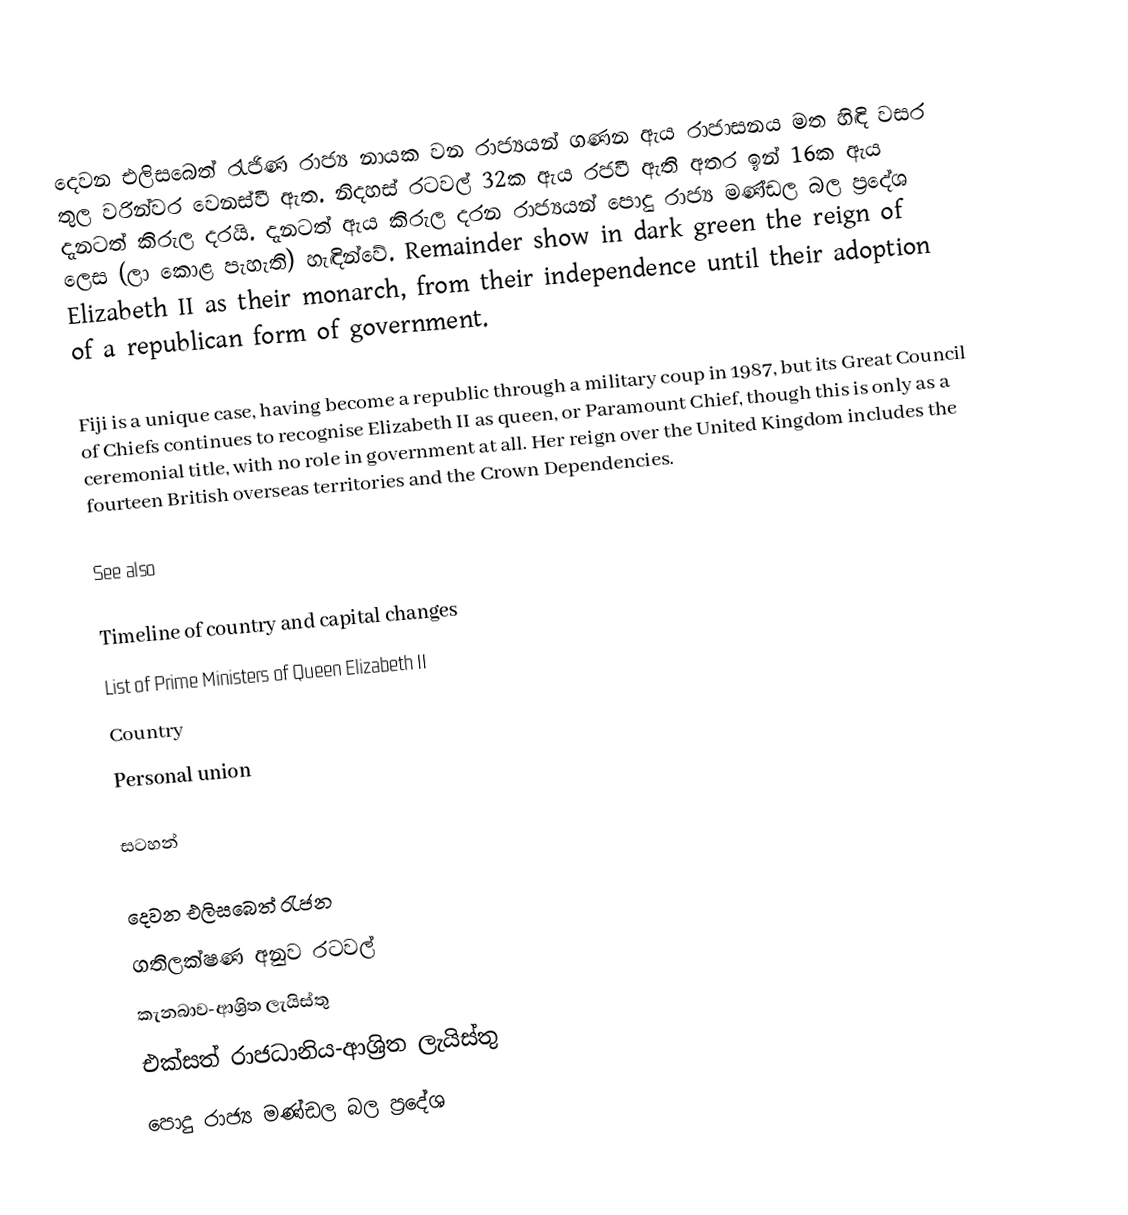
දෙවන එලිසබෙත් රැජිණ රාජ්‍ය නායක වන රාජ්‍යයන් ගණන ඇය රාජාසනය මත හිඳි වසර  තුල වරින්වර වෙනස්වී ඇත. නිදහස් රටවල් 32ක ඇය රජවී ඇති අතර ඉන් 16ක ඇය දැනටත් කිරුල දරයි.  දැනටත් ඇය කිරුල දරන රාජ්‍යයන් පොදු රාජ්‍ය මණ්ඩල බල ප්‍රදේශ ලෙස (ලා කොළ පැහැති) හැඳින්වේ. Remainder show in dark green the reign of Elizabeth II as their monarch, from their independence until their adoption of a republican form of government.

Fiji is a unique case, having become a republic through a military coup in 1987, but its Great Council of Chiefs continues to recognise Elizabeth II as queen, or Paramount Chief, though this is only as a ceremonial title, with no role in government at all. Her reign over the United Kingdom includes the fourteen British overseas territories and the Crown Dependencies.

See also

 Timeline of country and capital changes
 List of Prime Ministers of Queen Elizabeth II
 Country
 Personal union

සටහන්

දෙවන එලිසබෙත් රැජන
ගතිලක්ෂණ අනුව රටවල්
කැනබාව-ආශ්‍රිත ලැයිස්තු
එක්සත් රාජධානිය-ආශ්‍රිත ලැයිස්තු
පොදු රාජ්‍ය මණ්ඩල බල ප්‍රදේශ